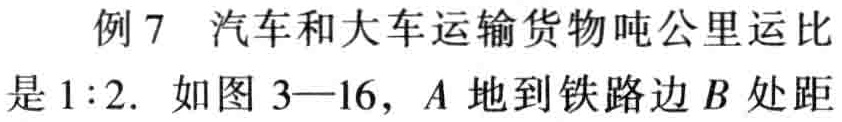
例 7 汽车和大车运输货物吨公里运比是 \(1:2\). 如图 3—16，\(A\) 地到铁路边 \(B\) 处距